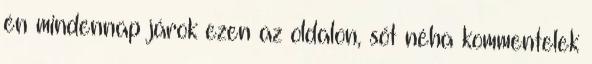
én mindennap járok ezen az oldalon, sőt néha kommentelek